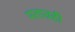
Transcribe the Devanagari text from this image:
मताग्रही